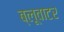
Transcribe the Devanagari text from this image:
ब्लूवाटर